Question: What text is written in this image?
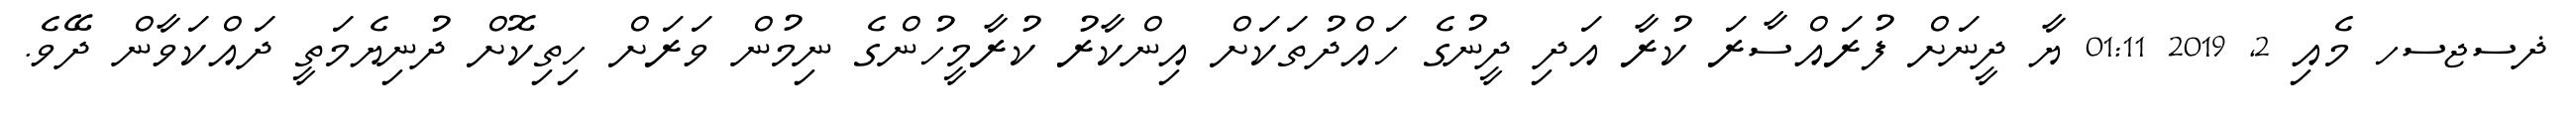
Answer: ޛސޖސހ މެއި 2, 2019 01:11 ޔާ ދީނަށް ފުރައްސާރަ ކުރާ އަދި ދީނުގެ ހައްދުތަކަށް އިންކާރު ކުރާމީހުންގެ ނިމުން ވަރަށް ހިތިކޮށް ދުނިޔެމަތީ ދައްކަވާން ދޭވެ.